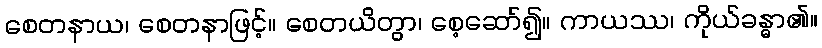
စေတနာယ၊ စေတနာဖြင့်။ စေတယိတွာ၊ စေ့ဆော်၍။ ကာယဿ၊ ကိုယ်ခန္ဓာ၏။